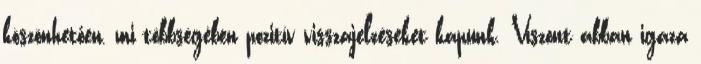
köszönhetően, mi többségében pozitív visszajelzéseket kapunk. Viszont abban igaza